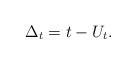
LaTeX: \begin{align*}\Delta _t=t-U_t.\end{align*}